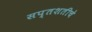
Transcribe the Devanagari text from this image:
सप्तशतीचे